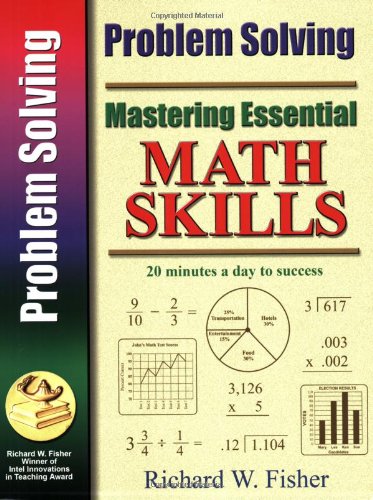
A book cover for Mastering Essential Math Skills PROBLEM SOLVING (Mastering Essential Math Skills); Richard W. Fisher; Science & Math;